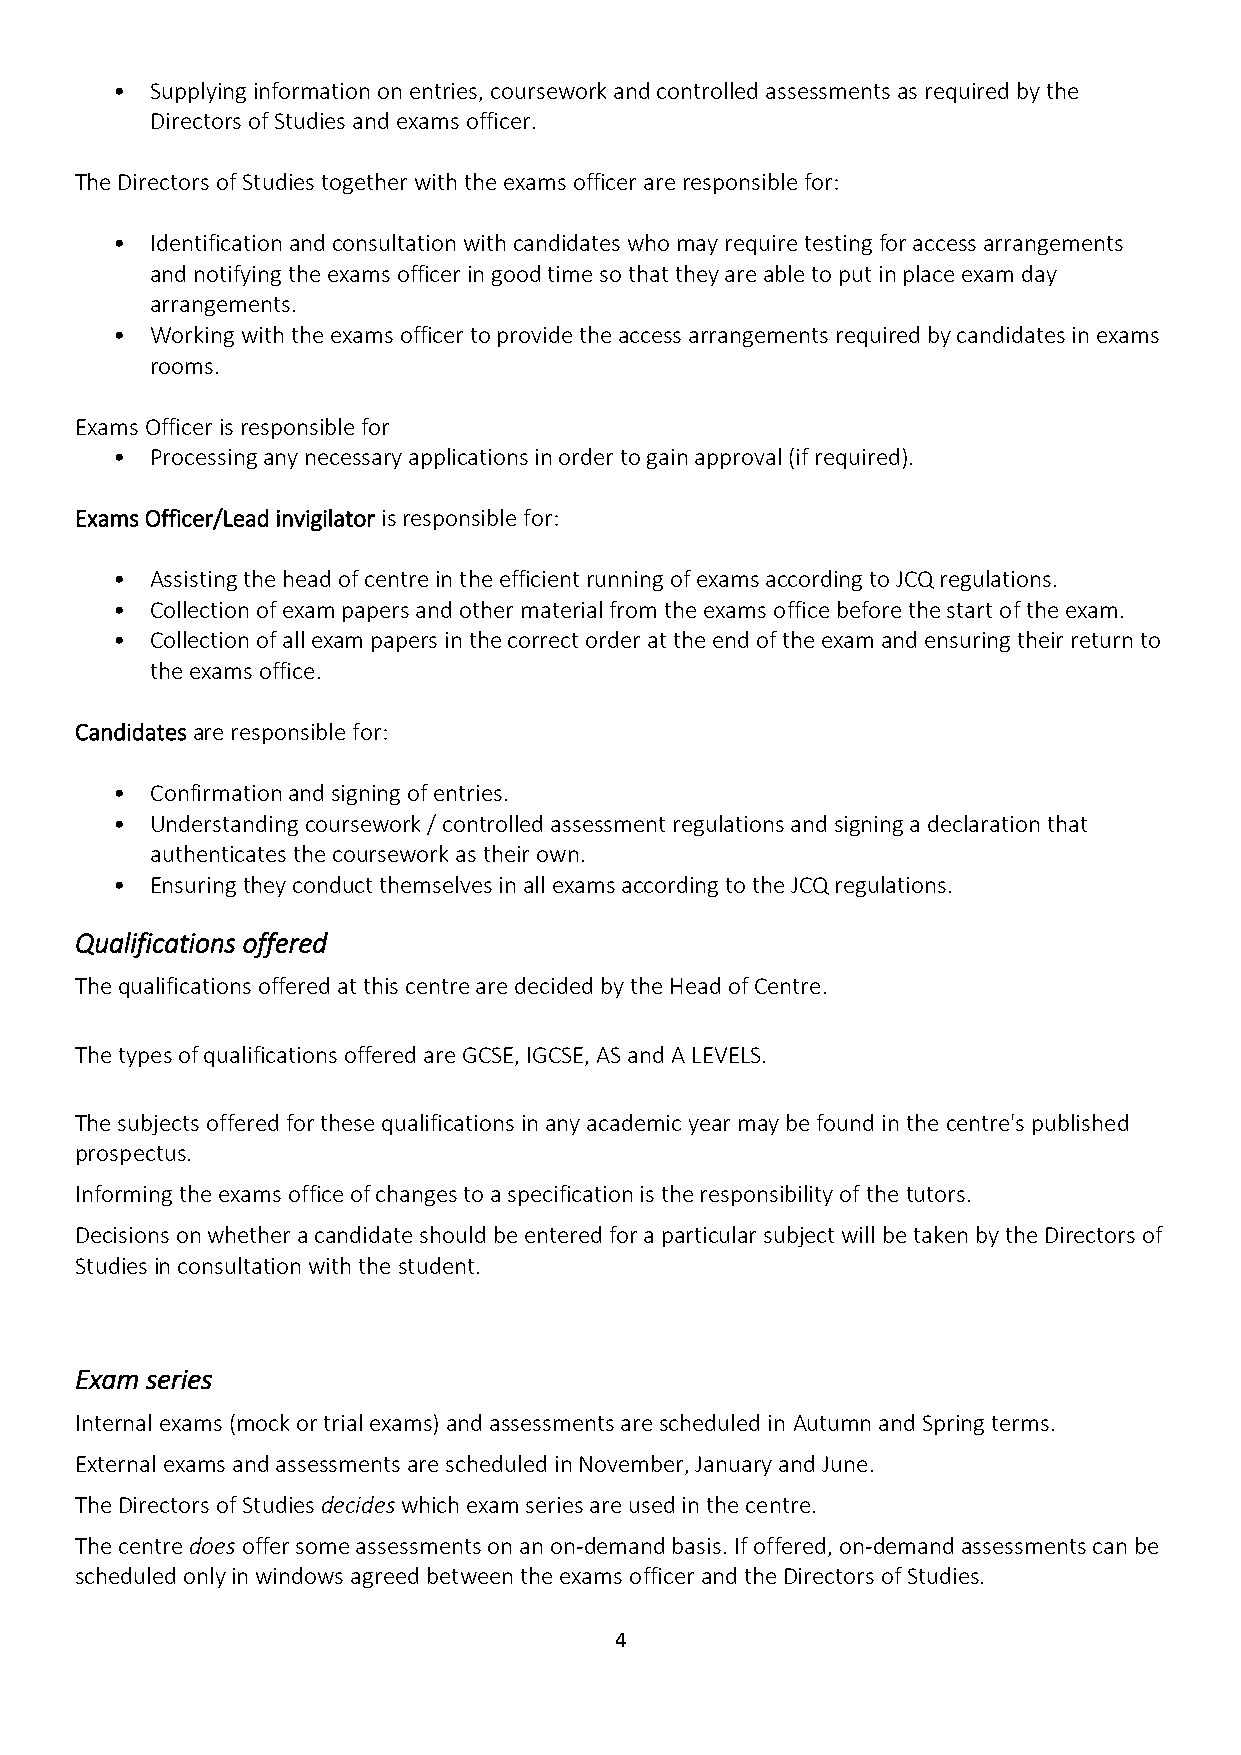
•  Supplying information on entries, coursework and controlled assessments as required by the
 Directors of Studies and exams officer.
 The Directors of Studies together with the exams officer are responsible for:
 •  Identification and consultation with candidates who may require testing for access arrangements
 and notifying the exams officer in good time so that they are able to put in place exam day
 arrangements.
 •  Working with the exams officer to provide the access arrangements required by candidates in exams
 rooms.
 Exams Officer is responsible for
 •  Processing any necessary applications in order to gain approval (if required).
 Exams Officer/Lead invigilator is responsible for:
 •  Assisting the head of centre in the efficient running of exams according to JCQ regulations.
 •  Collection of exam papers and other material from the exams office before the start of the exam.
 •  Collection of all exam papers in the correct order at the end of the exam and ensuring their return to
 the exams office.
 Candidates are responsible for:
 •  Confirmation and signing of entries.
 •  Understanding coursework / controlled assessment regulations and signing a declaration that
 authenticates the coursework as their own.
 •  Ensuring they conduct themselves in all exams according to the JCQ regulations.
 Qualifications offered
 The qualifications offered at this centre are decided by the Head of Centre.
 The types of qualifications offered are GCSE, IGCSE, AS and A LEVELS.
 The subjects offered for these qualifications in any academic year may be found in the centre's published
 prospectus.
 Informing the exams office of changes to a specification is the responsibility of the tutors.
 Decisions on whether a candidate should be entered for a particular subject will be taken by the Directors of
 Studies in consultation with the student.
 Exam series
 Internal exams (mock or trial exams) and assessments are scheduled in Autumn and Spring terms.
 External exams and assessments are scheduled in November, January and June.
 The Directors of Studies decides which exam series are used in the centre.
 The centre does offer some assessments on an on-demand basis. If offered, on-demand assessments can be
 scheduled only in windows agreed between the exams officer and the Directors of Studies.
 4